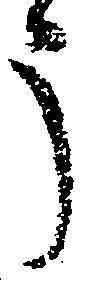
う